65_HS1-834228961_62-HQ-83894_Section_2
Agency: FBI
Page 122
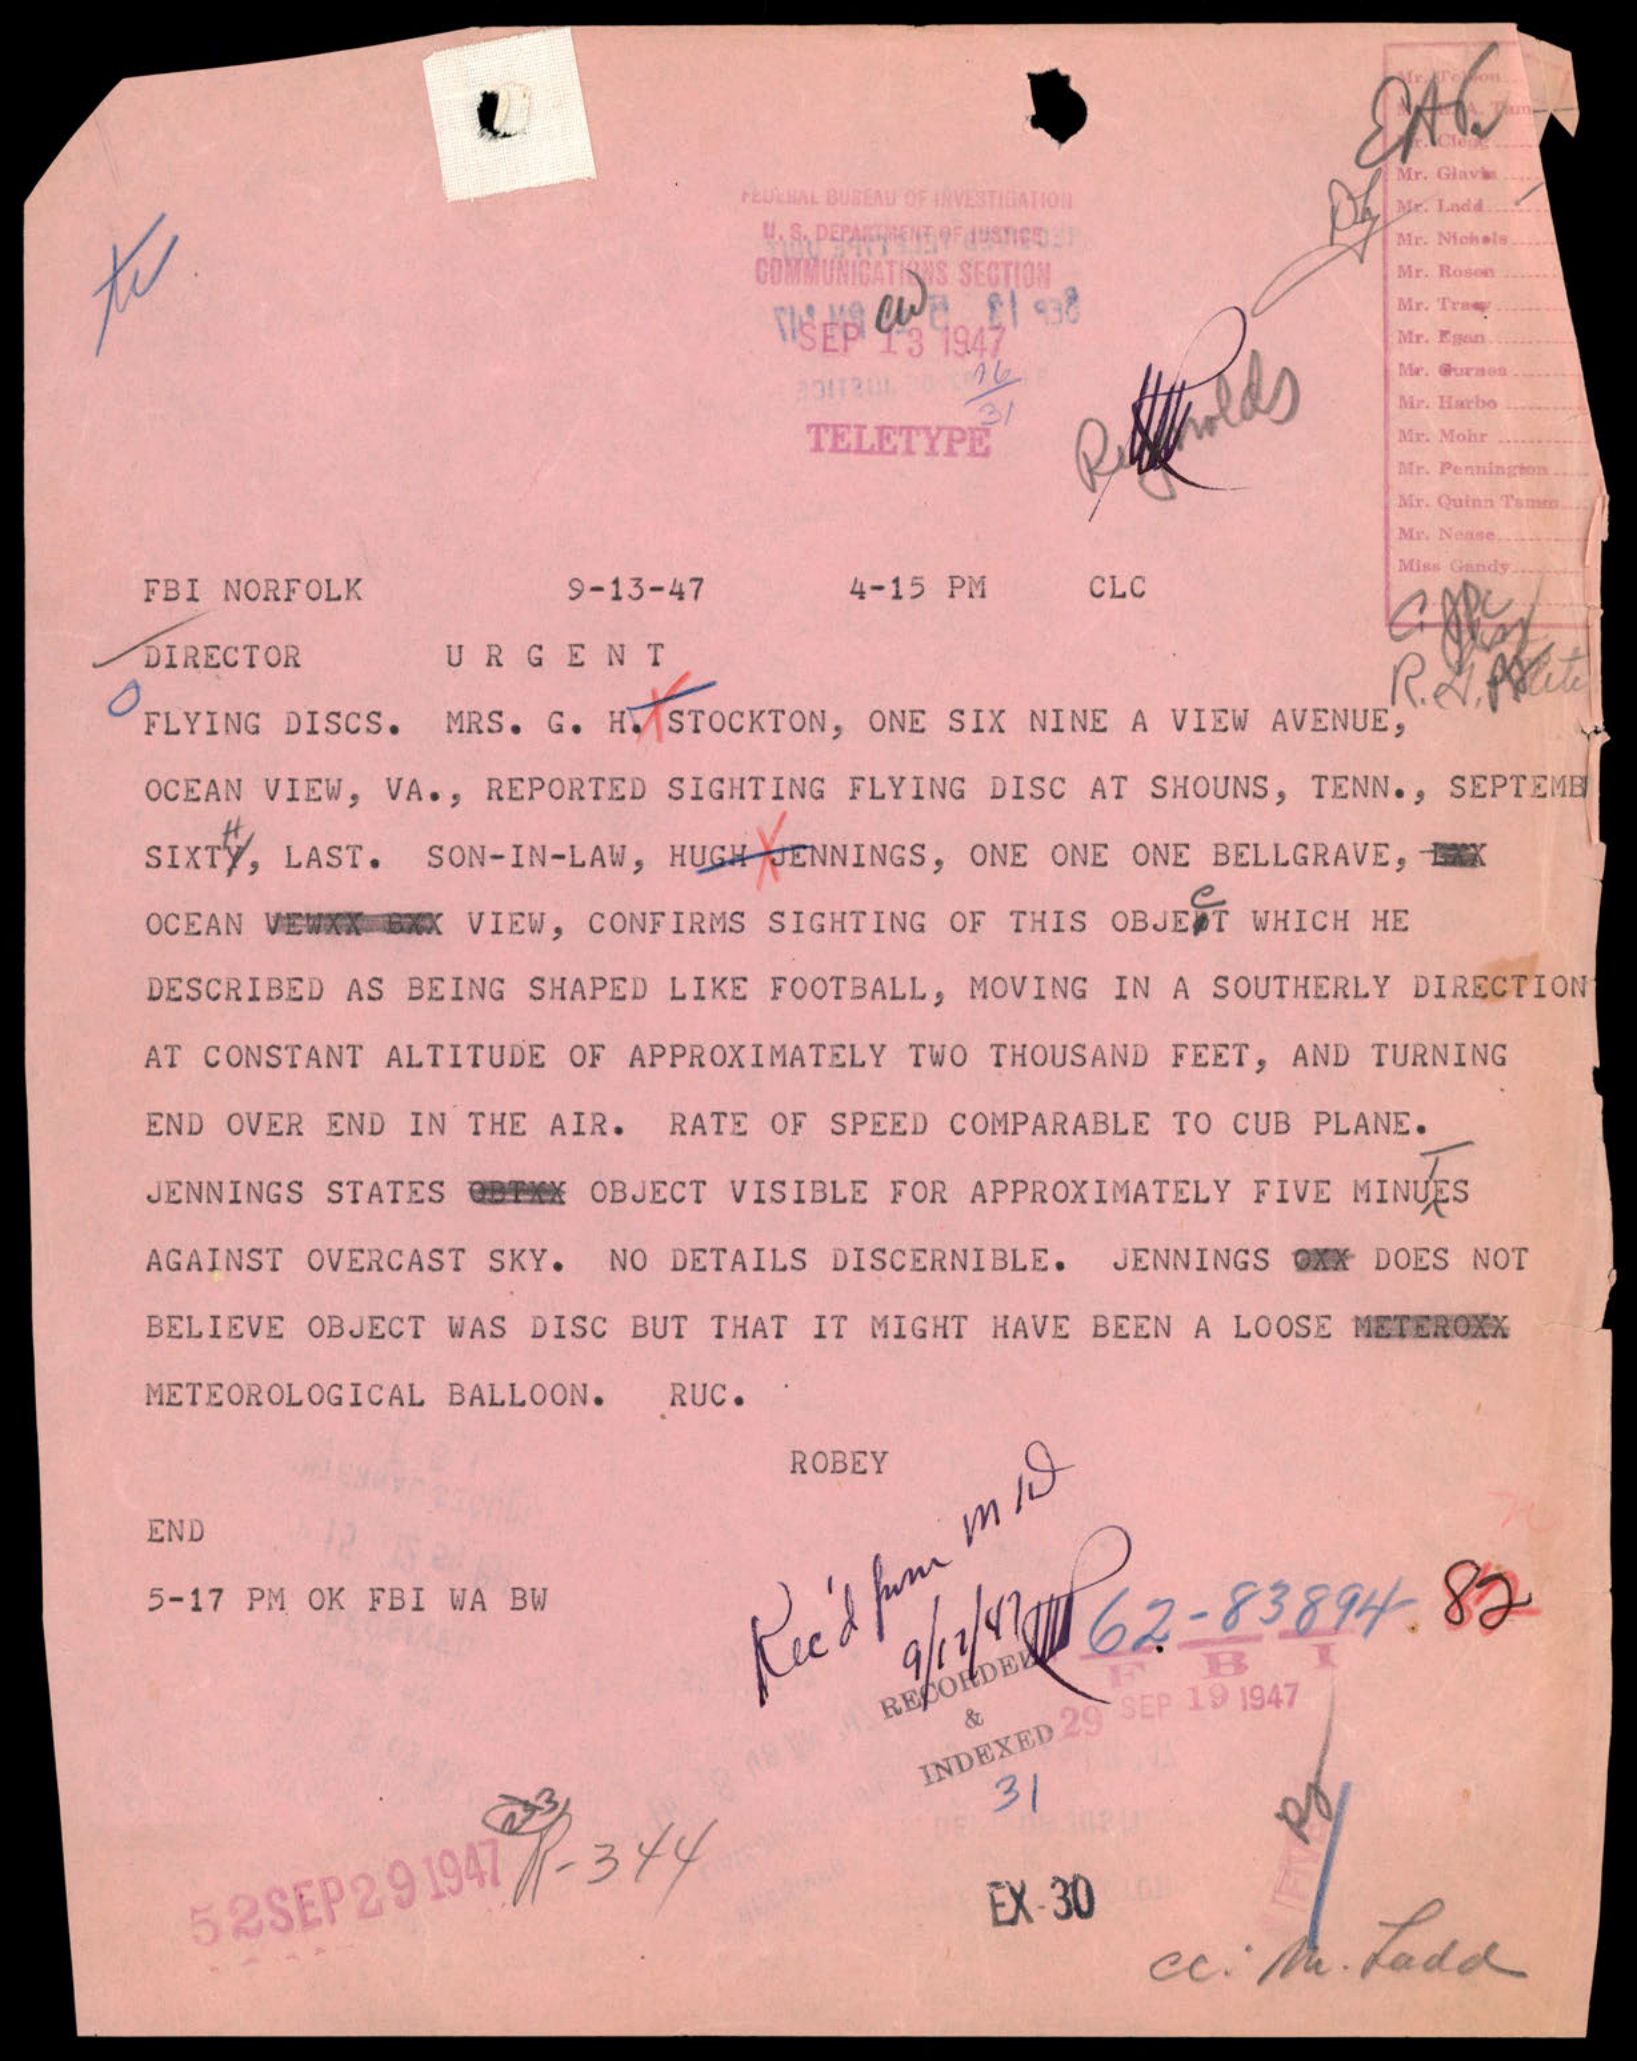